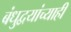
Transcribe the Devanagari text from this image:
बंधुद्वयांच्याही